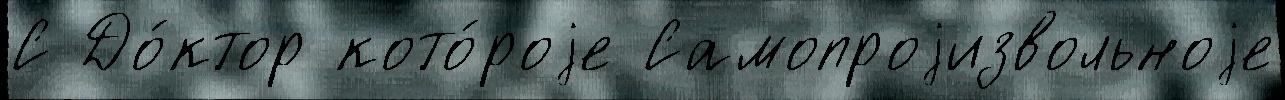
С До́ктор кото́роjе Самопроjизвольноjе